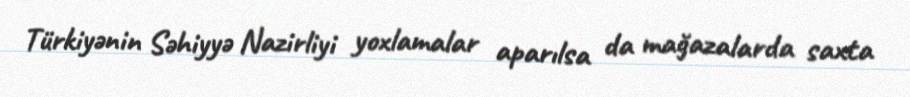
Türkiyənin Səhiyyə Nazirliyi yoxlamalar aparılsa da mağazalarda saxta